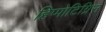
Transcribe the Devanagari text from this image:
हिप्पोटिग्रिस